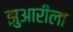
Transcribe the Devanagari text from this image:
झुआरीला